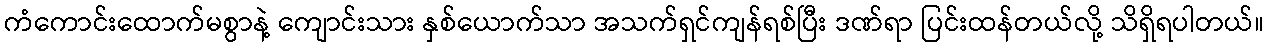
ကံကောင်းထောက်မစွာနဲ့ ကျောင်းသား နှစ်ယောက်သာ အသက်ရှင်ကျန်ရစ်ပြီး ဒဏ်ရာ ပြင်းထန်တယ်လို့ သိရှိရပါတယ်။